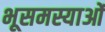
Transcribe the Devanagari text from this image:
भूसमस्याओं